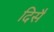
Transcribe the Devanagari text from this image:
दिसै